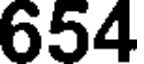
654